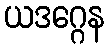
ယဒဂ္ဂေန